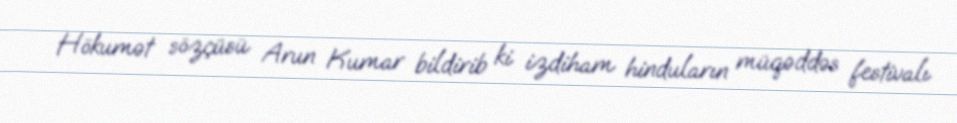
Hökumət sözçüsü Arun Kumar bildirib ki izdiham hinduların müqəddəs festivalı